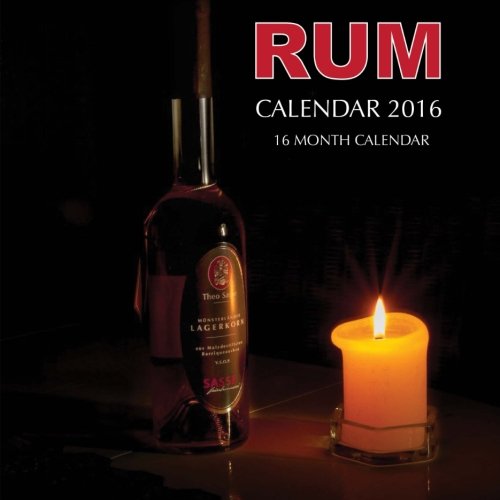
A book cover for Rum Calendar 2016: 16 Month Calendar; Jack Smith; Calendars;